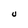
Character: U